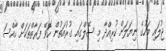
ޖުލައި މަހުގެ ނިޔަލަށް ކުރިއްދާ މި ސޭލްގައި ގުރުއަތުން ހޮވޭ ފަރާތްތަކަށް ހާއްސަ